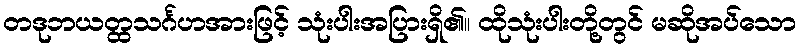
တဒုဘယတ္ထသင်္ဂဟအားဖြင့် သုံးပါးအပြားရှိ၏။ ထိုသုံးပါးတို့တွင် မဆိုအပ်သော